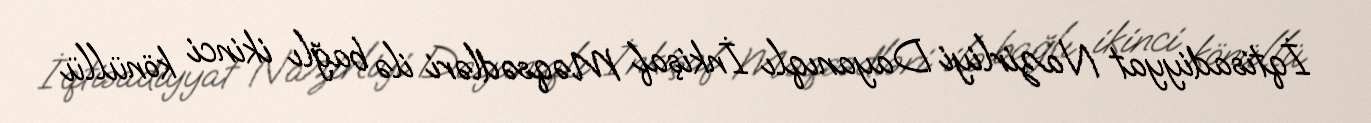
İqtisadiyyat Nazirliyi Dayanıqlı İnkişaf Məqsədləri ilə bağlı ikinci könüllü